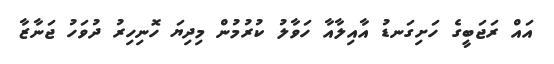
އައް ރަޖަބީގެ ހަށިގަނޑު އާއިލާއާ ހަވާލު ކުރުމުން މިދިޔަ ހޮނިހިރު ދުވަހު ޖަނާޒާ